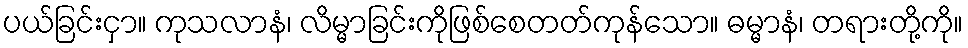
ပယ်ခြင်းငှာ။ ကုသလာနံ၊ လိမ္မာခြင်းကိုဖြစ်စေတတ်ကုန်သော။ ဓမ္မာနံ၊ တရားတို့ကို။